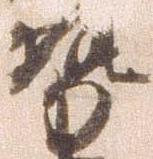
勢